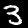
Label: 3